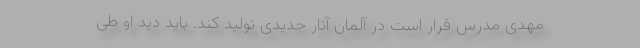
مهدی مدرس قرار است در آلمان آثار جدیدی تولید کند. باید دید او طی